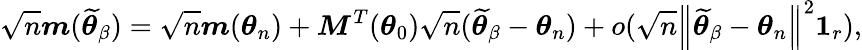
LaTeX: \sqrt{n}\boldsymbol{m}(\widetilde{\boldsymbol{\theta}}_{\beta})=\sqrt{n}\boldsymbol{m}(\boldsymbol{\theta}_{n})+\boldsymbol{M}^{T}(\boldsymbol{\theta}_{0})\sqrt{n}(\widetilde{\boldsymbol{\theta}}_{\beta}-\boldsymbol{\theta}_{n})+o(\sqrt{n}\left\Vert\widetilde{\boldsymbol{\theta}}_{\beta}-\boldsymbol{\theta}_{n}\right\Vert^{2}\boldsymbol{1}_{r}),